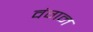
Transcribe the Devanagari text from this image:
वंगन